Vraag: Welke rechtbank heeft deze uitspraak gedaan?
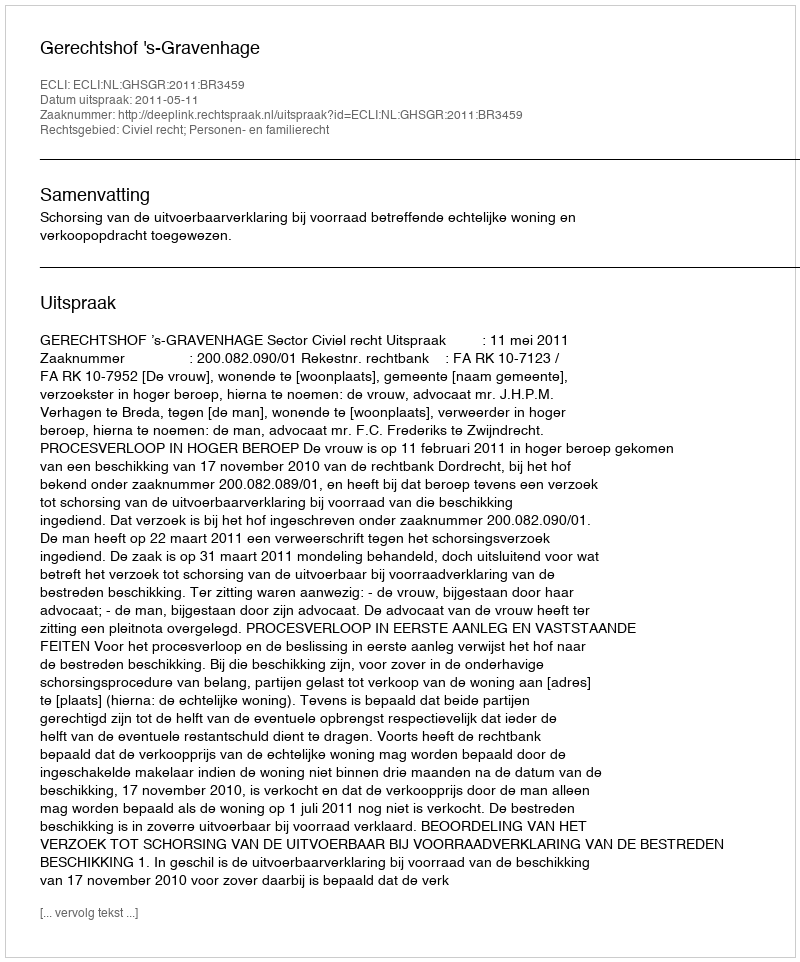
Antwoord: Gerechtshof 's-Gravenhage